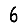
Digit: 6